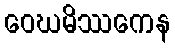
ဝေဃမိဿကေန